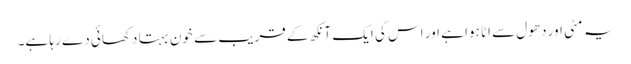
یہ مٹی اور دھول سے اٹا ہوا ہے اور اس کی ایک آنکھ کے قریب سے خون بہتا دکھائی دے رہا ہے۔